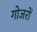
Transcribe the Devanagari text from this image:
गोजरों